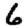
Digit: 6